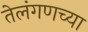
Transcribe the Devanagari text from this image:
तेलंगणच्या